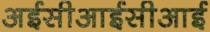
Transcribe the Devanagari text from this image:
अईसीआईसीआई